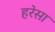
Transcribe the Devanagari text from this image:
हरेसा